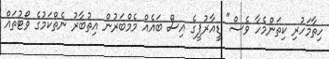
ހިތާމަހުރި ކިތަންމެހާ ވެސް" ޑީއާރުޕީގެ އިސް ބައެއް މެމްބަރުން އިތުބާރު ނެތްކަމުގެ ވޯޓުތައް